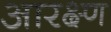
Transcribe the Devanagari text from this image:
आरक्ष्ण